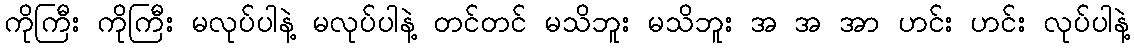
ကိုကြီး ကိုကြီး မလုပ်ပါနဲ့ မလုပ်ပါနဲ့ တင်တင် မသိဘူး မသိဘူး အ အ အာ ဟင်း ဟင်း လုပ်ပါနဲ့